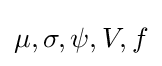
\mu ,\sigma ,\psi ,V,f